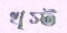
খৃস্ট